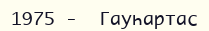
1975 -  Гауһартас